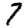
Digit: 7